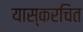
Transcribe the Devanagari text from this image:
यास्करचित